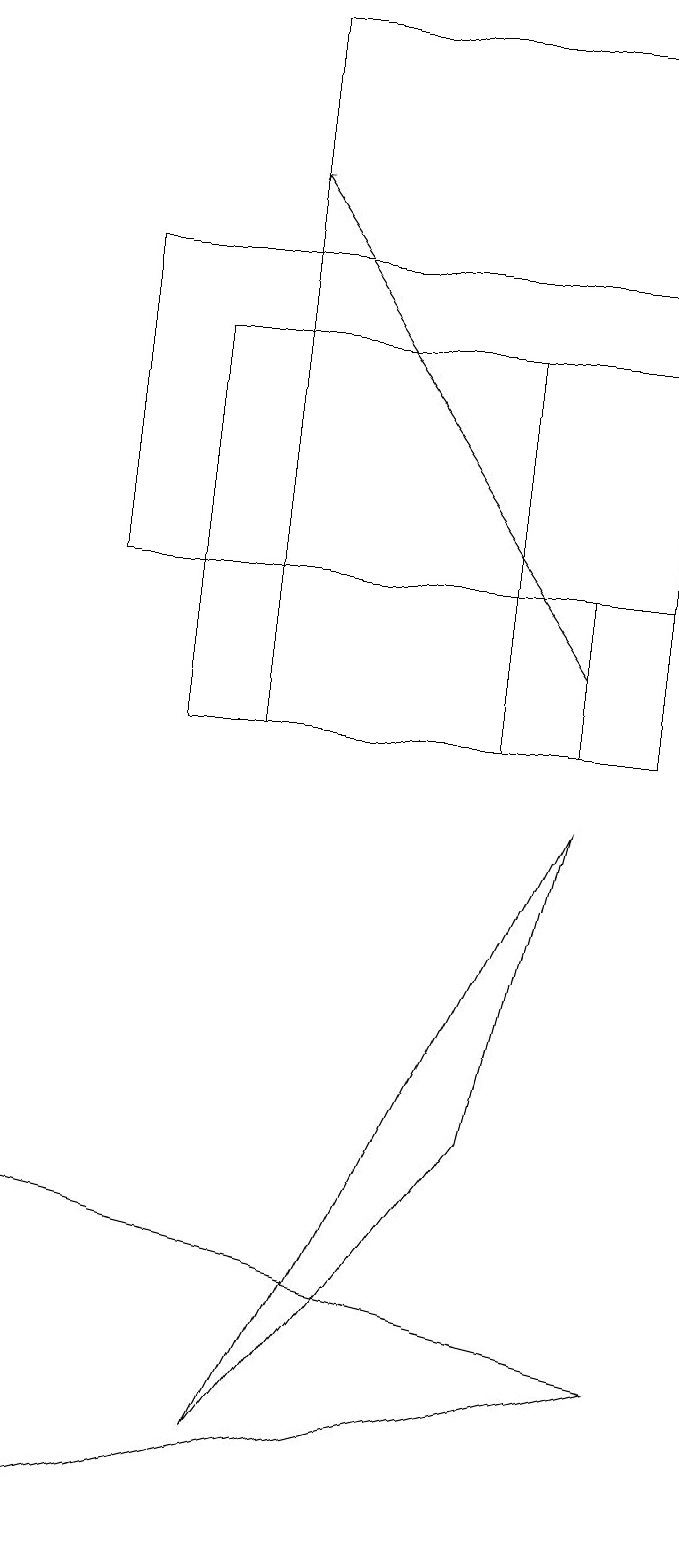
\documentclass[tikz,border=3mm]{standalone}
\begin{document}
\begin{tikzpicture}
\draw (7,10) rectangle (3,15);
\draw (1,4) -- (9,2) -- (1,0) -- cycle;
\draw[->] (3,15) -- (9,15);
\draw (9,10) rectangle (4,19);
\draw[->] (8,11) -- (4,17);
\draw (8,9) -- (4,1) -- (7,5) -- cycle;
\draw (8,10) rectangle (9,12);
\draw (9,16) rectangle (2,12);
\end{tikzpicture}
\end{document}